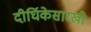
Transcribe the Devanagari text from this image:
दीर्घिकेसारखी